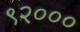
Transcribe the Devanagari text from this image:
९२०००